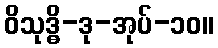
ဝိသုဒ္ဓိ-ဒု-အုပ်-၁၀။